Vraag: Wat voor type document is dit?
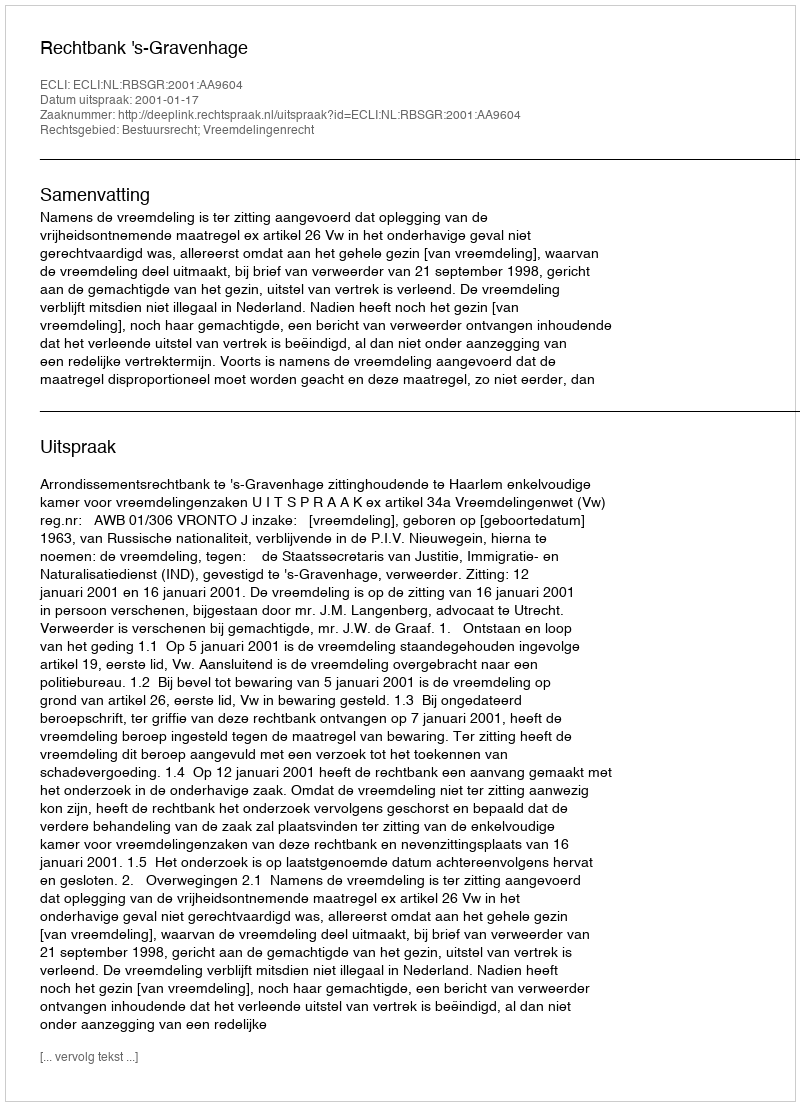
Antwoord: Uitspraak